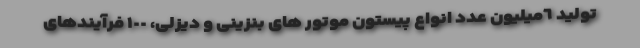
تولید ٦میلیون عدد انواع پیستون موتور های بنزینی و دیزلی، ١٠٠ فرآیندهای